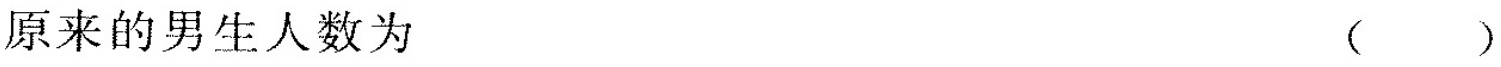
原来的男生人数为 ( )